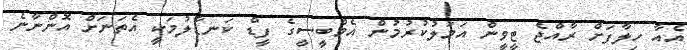
އެއާ ހިލާފަށް ރާއްޖެ ޓީވީން އަމަލުކުރުމުން އެމްބީސީގެ ފީޑް ކަނޑާލުމަކީ އެތަނަށް އޮންނާނެ